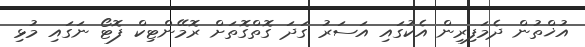
އުޚްތުން ދެމަފިރިން އެކުގައި އަސަރު ގަދަ ގޮތްގޮތަށް ރޮމޭންޓިކް ފޮޓޯ ނަގައި މުޅި